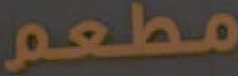
مطعم